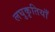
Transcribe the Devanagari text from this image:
लघुकृतियाँ